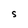
Character: S